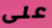
على